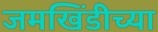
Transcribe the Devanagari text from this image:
जमखिंडीच्या